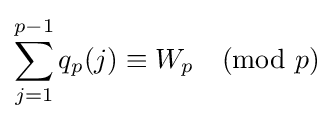
\sum _{j=1}^{p-1}q_{p}(j)\equiv W_{p}{\pmod {p}}